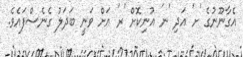
އެގާނޫނުގެ 'ށ' އަދި 'ނ' އުނިކޮށް 'ރ' އަށް ވަނީ ބަދަލު ގެނެސްފައެވެ.